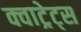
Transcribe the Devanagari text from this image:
क्वाट्रेट्स